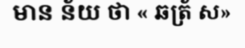
មាន ន័យ ថា « ឆត្រ័ ស»